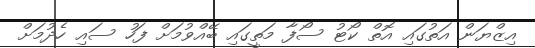
އިޒްޔަން އަތުގައި އޮތް ކޯޓު ސޯފާ މަތީގައި ބޭއްވުމަށް ފަހު ސައި ހެދުމަށް